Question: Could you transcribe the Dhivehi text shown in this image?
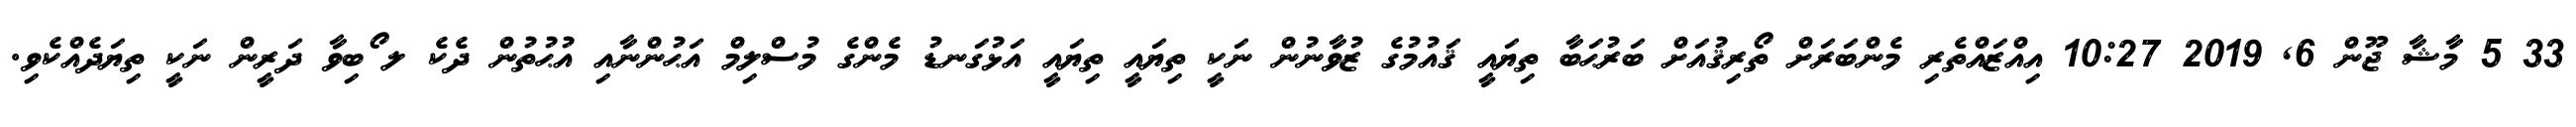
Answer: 33 5 މާޝާ ޖޫން 6, 2019 10:27 އިއްޒައްތެރި މެންބަރަށް ތޯރިޤުއަށް ބަރުޙަބާ ތިޔައީ ޤައުމުގެ ޒުވާނުން ނަކީ ތިޔައީ ތިޔައީ އަޅުގަނޑު މެންގެ މުސްލިމް އަޙުންނާއި އުޙުތުން ދެކެ ލ ޯބިވާ ދަރީން ނަކީ ތިޔަދެއްކެވި.